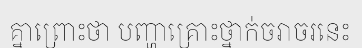
គ្នាព្រោះថា បញ្ហាគ្រោះថ្នាក់ចរាចរនេះ